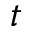
t